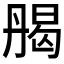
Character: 𠂄